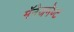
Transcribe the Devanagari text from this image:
मॅनेजमेण्ट